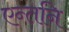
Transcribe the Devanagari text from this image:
एन्तनि